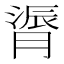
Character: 𫆬